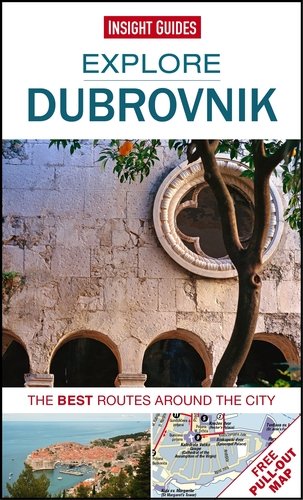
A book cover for Insight Guides: Explore Dubrovnik (Insight Explore Guides); Insight Guides; Travel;